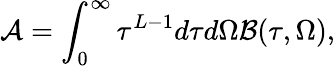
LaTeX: {\cal A}=\int_{0}^{\infty}\tau^{L-1}d\tau d\Omega{\cal B}(\tau,\Omega),